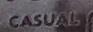
casual